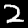
Digit: 2